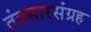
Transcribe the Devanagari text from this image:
तंत्रसारसंग्रह